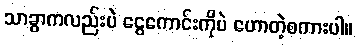
သာခွာကလည်းပဲ ငွေကောင်းကိုပဲ ဟောတဲ့စကားပါ။